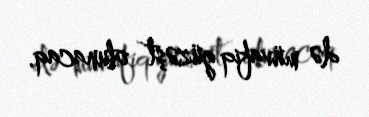
də müvafiq güzəşt olunacaq.